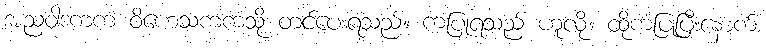
အညဝါဒကကံ ဝိဟေသကကံသို့ တင်ပေးရသည်။ ကံပြုရသည် ဟူလို။ ထိုကံပြုပြီးနောက်